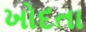
ખોદતા